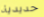
حديدية